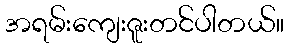
အရမ်းကျေးဇူးတင်ပါတယ်။